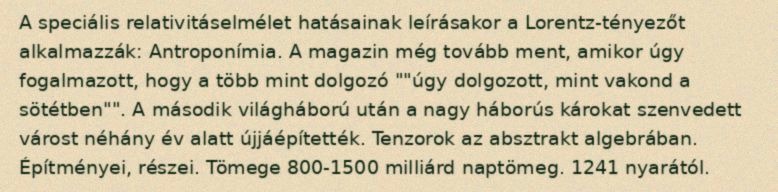
A speciális relativitáselmélet hatásainak leírásakor a Lorentz-tényezőt alkalmazzák: Antroponímia. A magazin még tovább ment, amikor úgy fogalmazott, hogy a több mint dolgozó ""úgy dolgozott, mint vakond a sötétben"". A második világháború után a nagy háborús károkat szenvedett várost néhány év alatt újjáépítették. Tenzorok az absztrakt algebrában. Építményei, részei. Tömege 800-1500 milliárd naptömeg. 1241 nyarától.